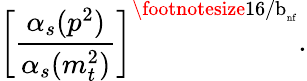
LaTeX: \left[\frac{\alpha_{s}(p^{2})}{\alpha_{s}(m_{t}^{2})}\right]^{{\mathrm{\footnotesize{16/b}}}_{\mathrm{\scriptsize{nf}}}}.